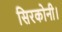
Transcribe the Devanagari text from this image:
सिरकोनी।